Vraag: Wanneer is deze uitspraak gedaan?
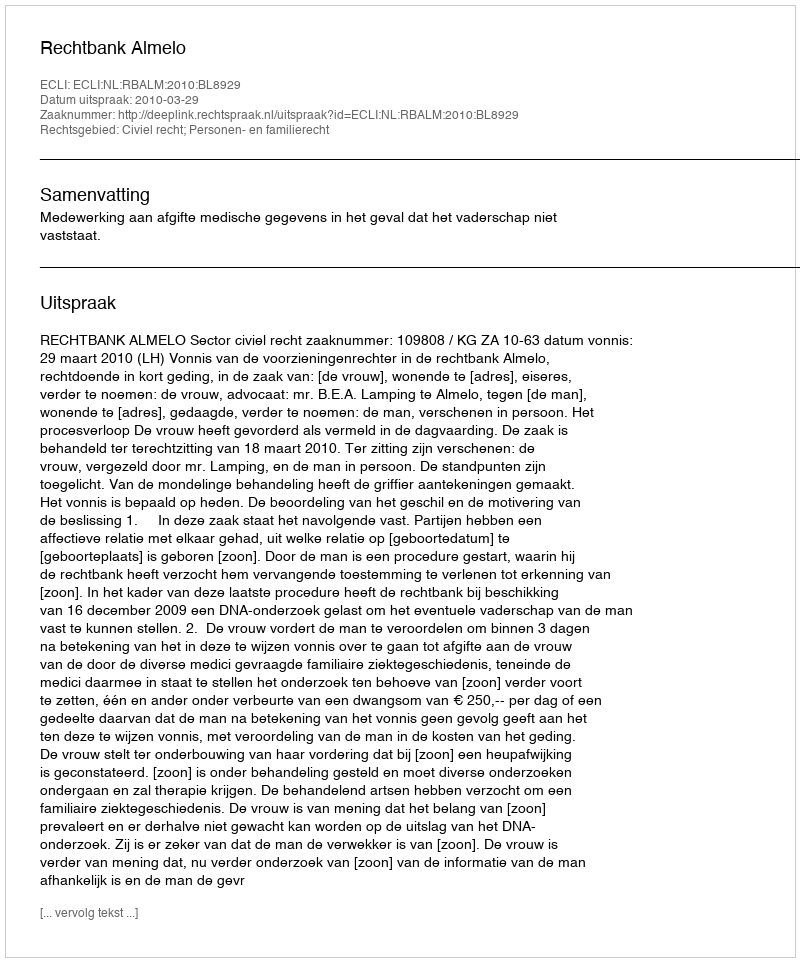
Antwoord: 2010-03-29